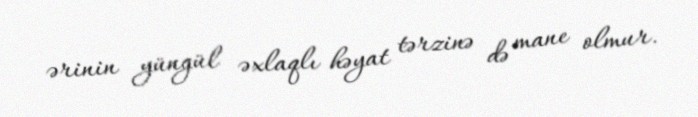
ərinin yüngül əxlaqlı həyat tərzinə də mane olmur.